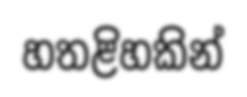
හතළිහකින්